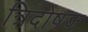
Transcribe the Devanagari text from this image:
त्रिदोषज